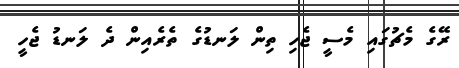
ރޭގެ މެޗުގައި މެސީ ޖެހި ތިން ލަނޑުގެ ތެރެއިން ދެ ލަނޑު ޖެހީ